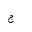
Letter: _gim